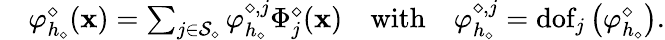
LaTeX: \begin{array}{rl}&{\varphi_{h_{\diamond}}^{\diamond}(\mathbf{x})=\sum_{j\in\mathcal{S}_{\diamond}}\varphi_{h_{\diamond}}^{\diamond,j}\Phi_{j}^{\diamond}(\mathbf{x})\quad\mathrm{with}\quad\varphi_{h_{\diamond}}^{\diamond,j}=\mathrm{dof}_{j}\left(\varphi_{h_{\diamond}}^{\diamond}\right).}\end{array}